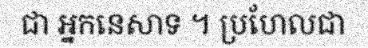
ជា អ្នកនេសាទ ។ ប្រហែលជា